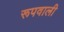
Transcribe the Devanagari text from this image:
रूपवाली